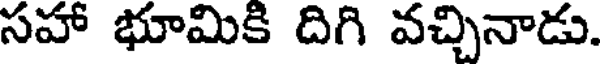
సహా భూమికి దిగి వచ్చినాడు.